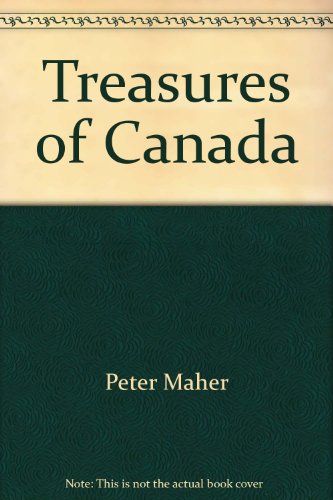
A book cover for Treasures of Canada; Crafts, Hobbies & Home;